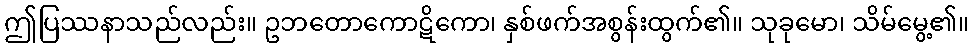
ဤပြဿနာသည်လည်း။ ဥဘတောကောဋိကော၊ နှစ်ဖက်အစွန်းထွက်၏။ သုခုမော၊ သိမ်မွေ့၏။